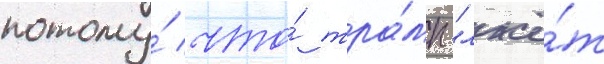
потому́ что́ тра́мп "лжё́т